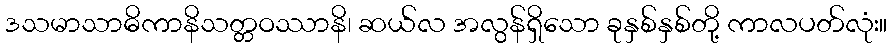
ဒသမာသာဓိကာနိသတ္တဝဿာနိ၊ ဆယ်လ အလွန်ရှိသော ခုနှစ်နှစ်တို့ ကာလပတ်လုံး။